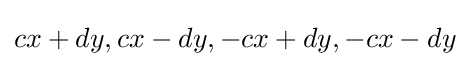
cx+dy,cx-dy,-cx+dy,-cx-dy